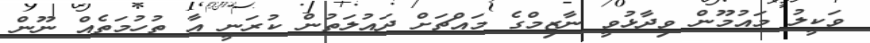
ވަކީލު މައުމޫން ވިދާޅުވީ ނާޒިމްގެ މައްޗަށް ދައުލަތުން ކުރަނީ އާ ތުހުމަތެއް ނޫން